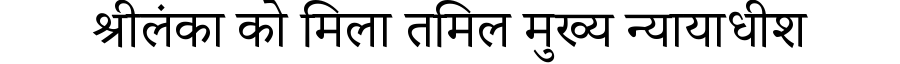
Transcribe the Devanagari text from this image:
श्रीलंका को मिला तमिल मुख्य न्यायाधीश